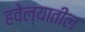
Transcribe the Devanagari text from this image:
हवेल्यातील